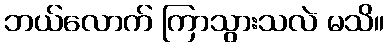
ဘယ်လောက် ကြာသွားသလဲ မသိ။